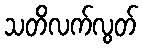
သတိလက်လွတ်